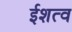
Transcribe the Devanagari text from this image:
ईशत्व